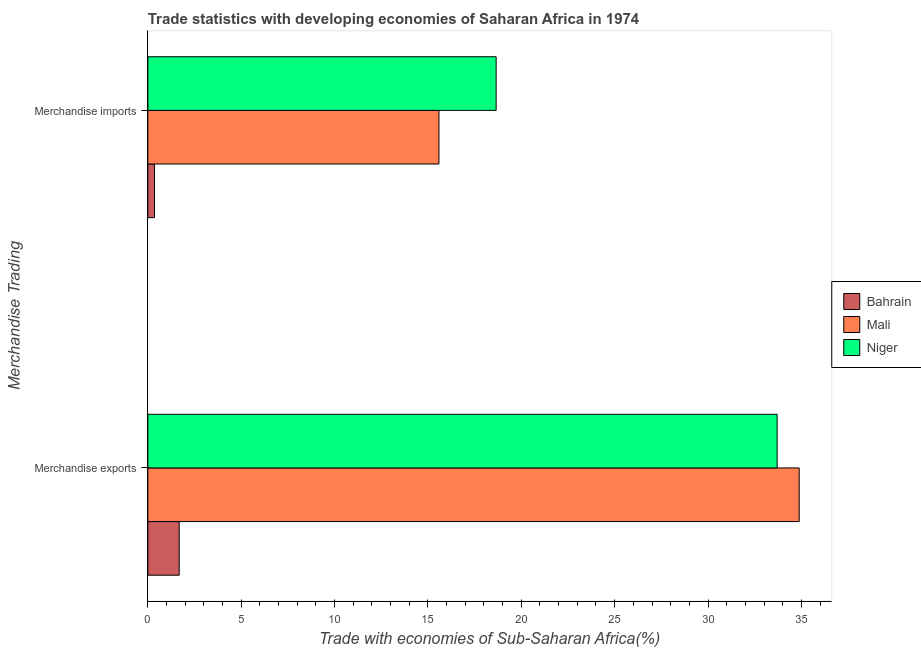
| Merchandise Trading | Bahrain | Mali | Niger |
 | --- | --- | --- | --- |
 | Merchandise exports | 1.68 | 34.9 | 33.7 |
 | Merchandise imports | 0.356 | 15.6 | 18.7 |